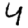
Digit: 4